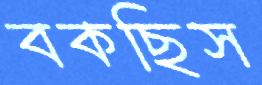
বকছিস